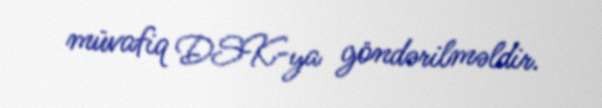
müvafiq DSK-ya göndərilməldir.